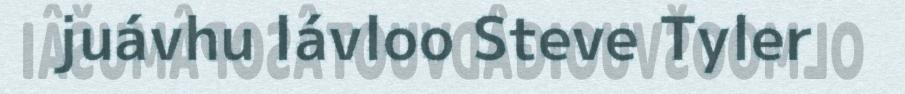
juávhu lávloo Steve Tyler